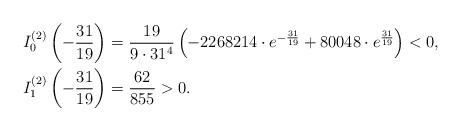
LaTeX: \begin{align*}&I_{0}^{(2)}\left(-\frac{31}{19}\right)=\frac{19}{9\cdot{31^{4}}}\left(-2268214\cdot{e^{-\frac{31}{19}}}+80048\cdot{e^{\frac{31}{19}}}\right)<0,\\&I_{1}^{(2)}\left(-\frac{31}{19}\right)=\frac{62}{855}>0.\end{align*}